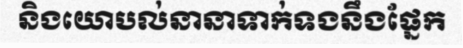
និងយោបល់នានាទាក់ទងនឹងផ្នែក